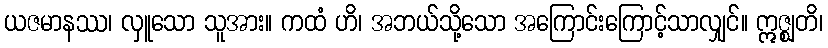
ယဇမာနဿ၊ လှူသော သူအား။ ကထံ ဟိ၊ အဘယ်သို့သော အကြောင်းကြောင့်သာလျှင်။ ဣဇ္ဈတိ၊